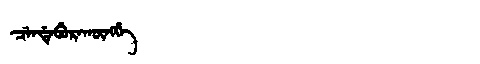
Manchu: ᠴᡝᠨᡩᡝᠪᡠᡵᠠᡴᡡᠩᡤᡝ
Romanization: CENDEBURAKŪNGGE